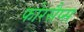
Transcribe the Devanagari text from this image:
फोरसैप्स